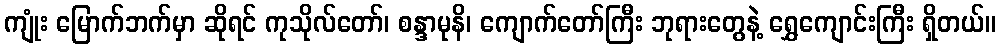
ကျုံး မြောက်ဘက်မှာ ဆိုရင် ကုသိုလ်တော်၊ စန္ဒာမုနိ၊ ကျောက်တော်ကြီး ဘုရားတွေနဲ့ ရွှေကျောင်းကြီး ရှိတယ်။